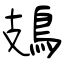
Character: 鳷